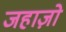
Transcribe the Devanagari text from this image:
जहाज़ो